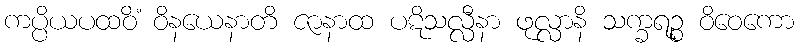
ကပ္ပိယပထဝိံ ဝိနယေနာတိ ဇာနာထ ပဋိသလ္လီနာ ဖုလ္လာနိ သက္ခရဉ္စ ဝိဝေကော